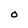
Character: O